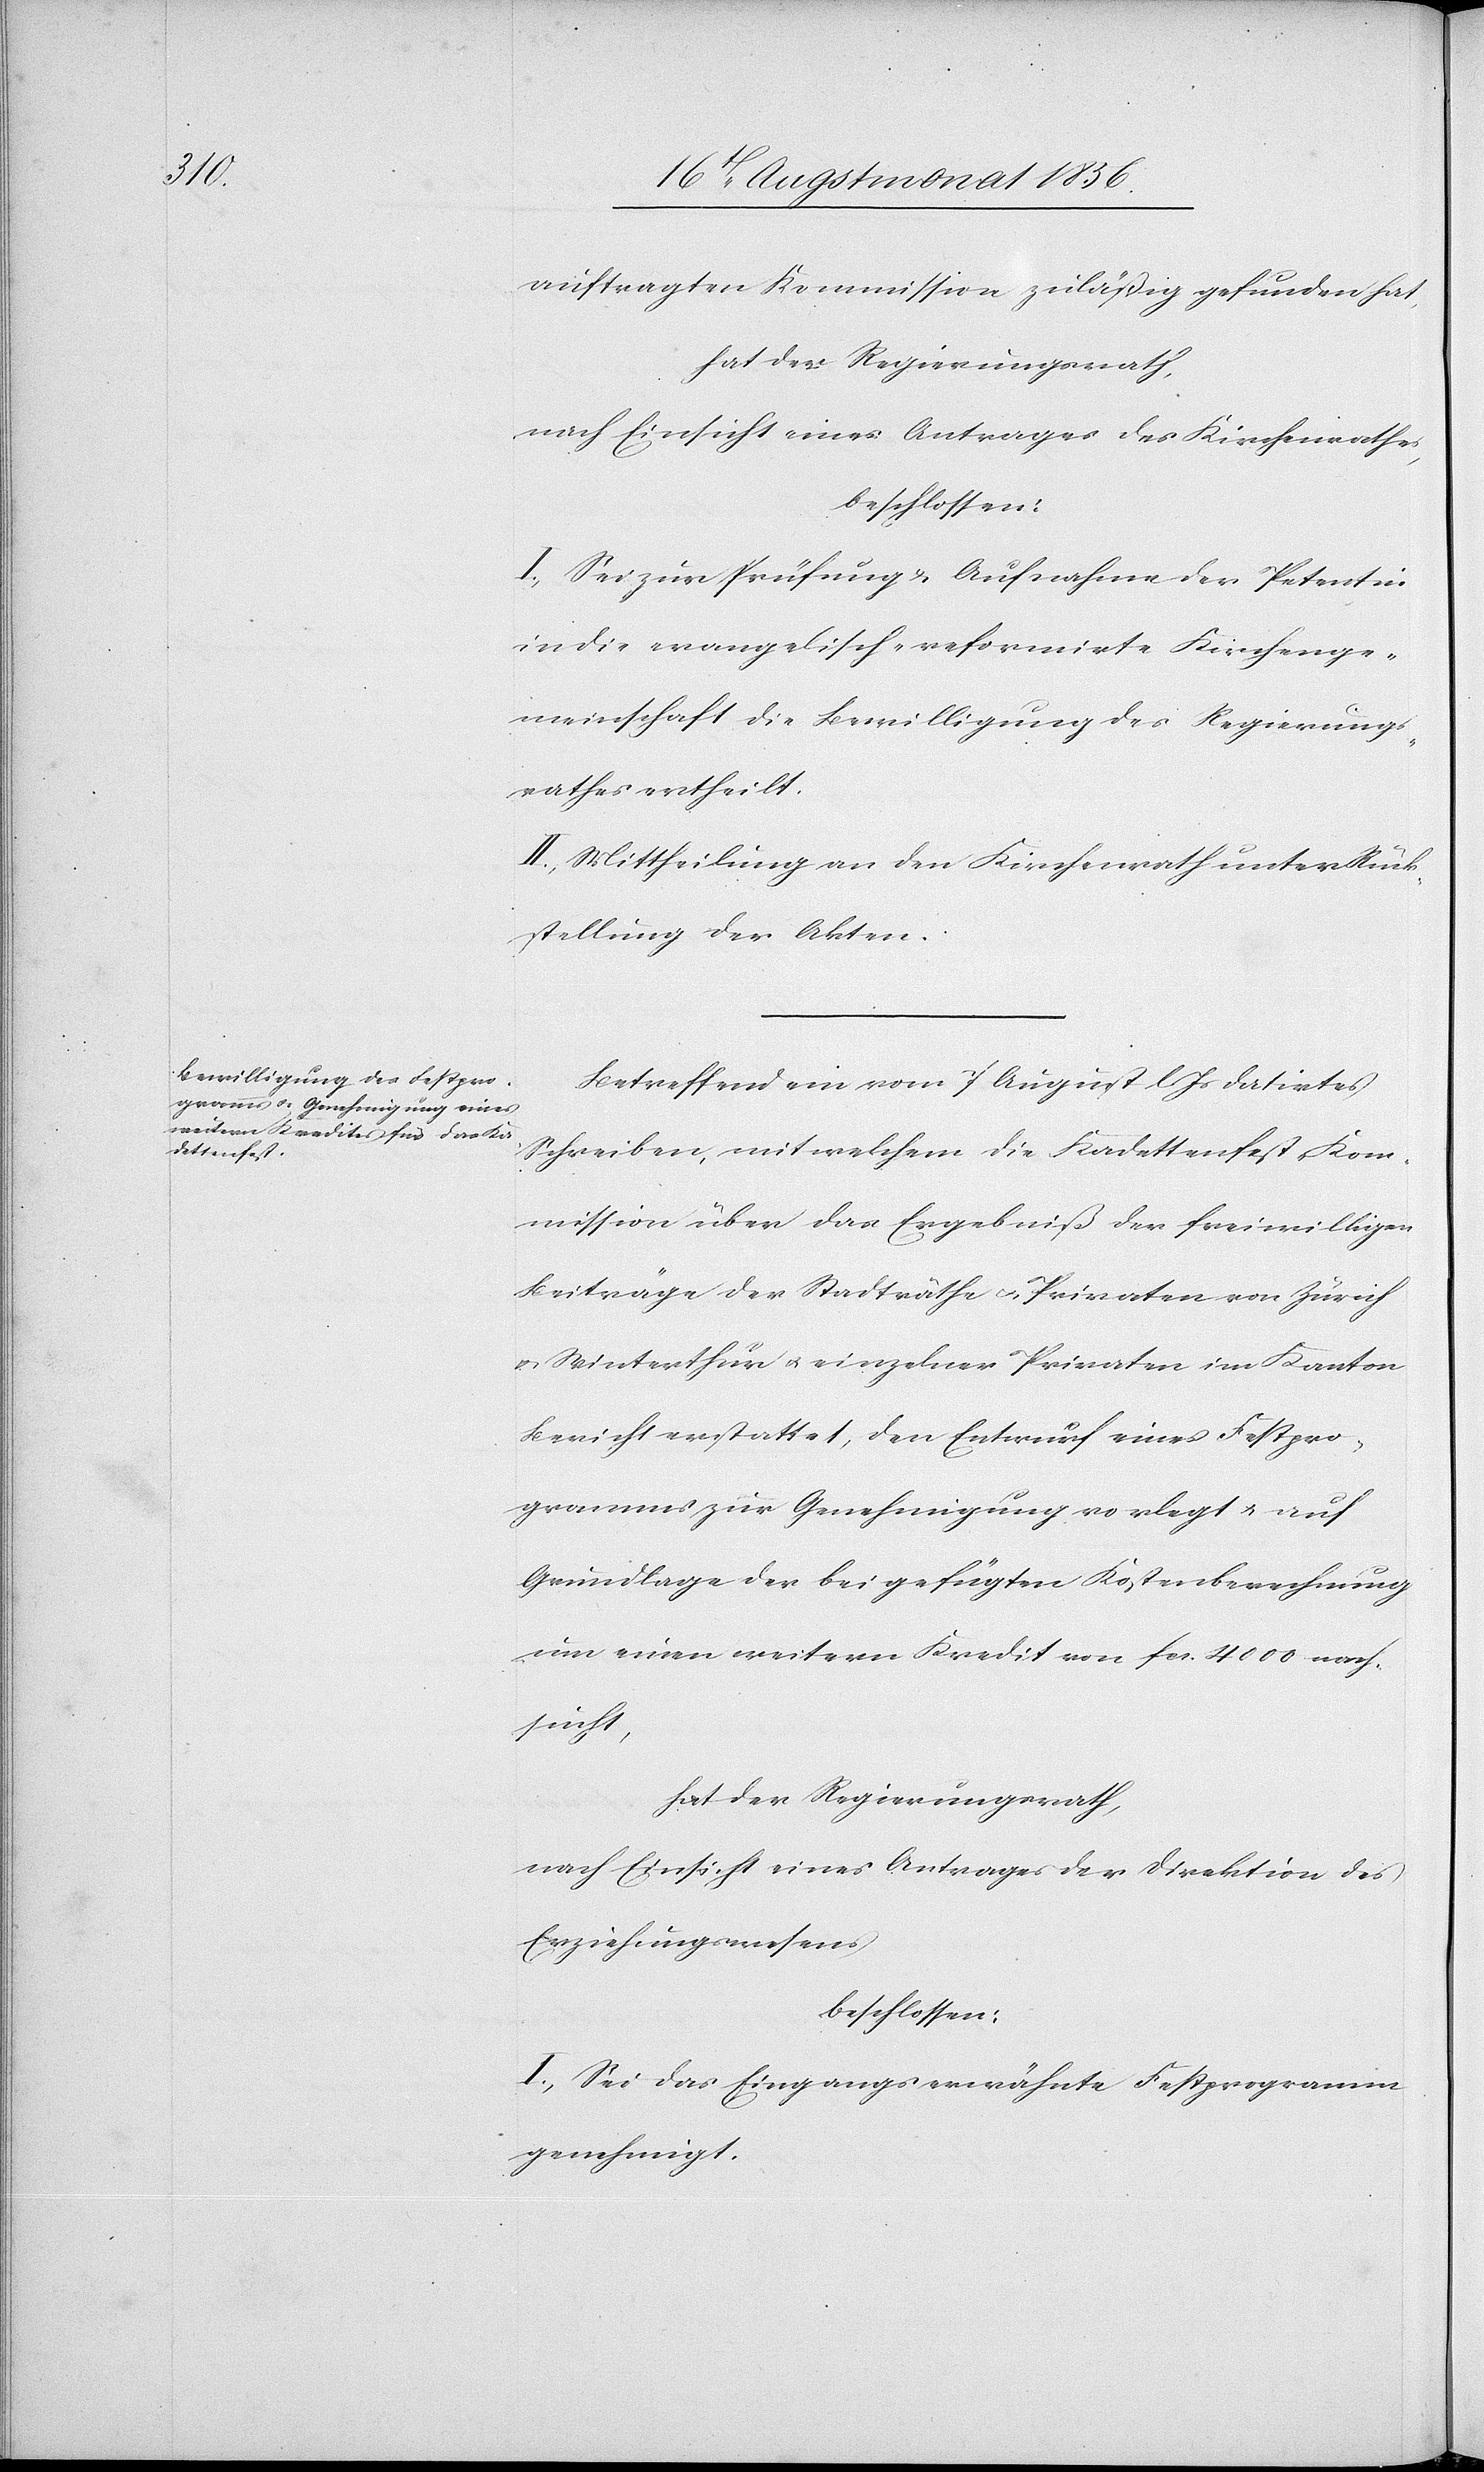
auftragten Kommission zuläßig gefunden hat,
hat der Regierungsrath,
nach Einsicht eines Antrages der Kirchenrathes,
beschlossen:
I.) Sei zur Prüfung u. Aufnahme der Petentin
in die evangelisch-reformirte Kirchenge¬
meinschaft die Bewilligung des Regierungs¬
rathes ertheilt.
II.) Mittheilung an den Kirchenrath unter Rück¬
stellung der Akten.
Betreffend ein vom 7 August l Js datirtes
Schreiben, mit welchem die Kadettenfest-Kom¬
mission über das Ergebniß der freiwilligen
Beiträge der Stadträthe u. Privaten von Zürich
u. Winterthur u. einzelner Privaten im Kanton
Bericht erstattet, den Entwurf eines Festpro¬
gramms zur Genehmigung vorlegt u. auf
Grundlage der beigefügten Kostenberechnung
um einen weitern Kredit von fcs. 4000 nach¬
sucht,
hat der Regierungsrath,
nach Einsicht eines Antrages der Direktion des
Erziehungswesens
beschlossen:
I.) Sei das Eingangs erwähnte Festprogramm
genehmigt.